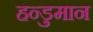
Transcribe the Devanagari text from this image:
हन्डुमान